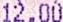
12.00